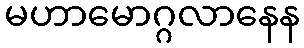
မဟာမောဂ္ဂလာနေန